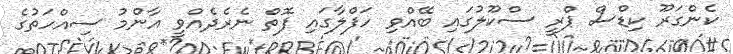
ކެންގަރޫ ކިޑްސް ޕްރީ ސްކޫލުގައި ބޭއްވި ހަފްލާގައި ފޮތް ނެރެދެއްވީ އާންމު ސިއްހަތުގެ